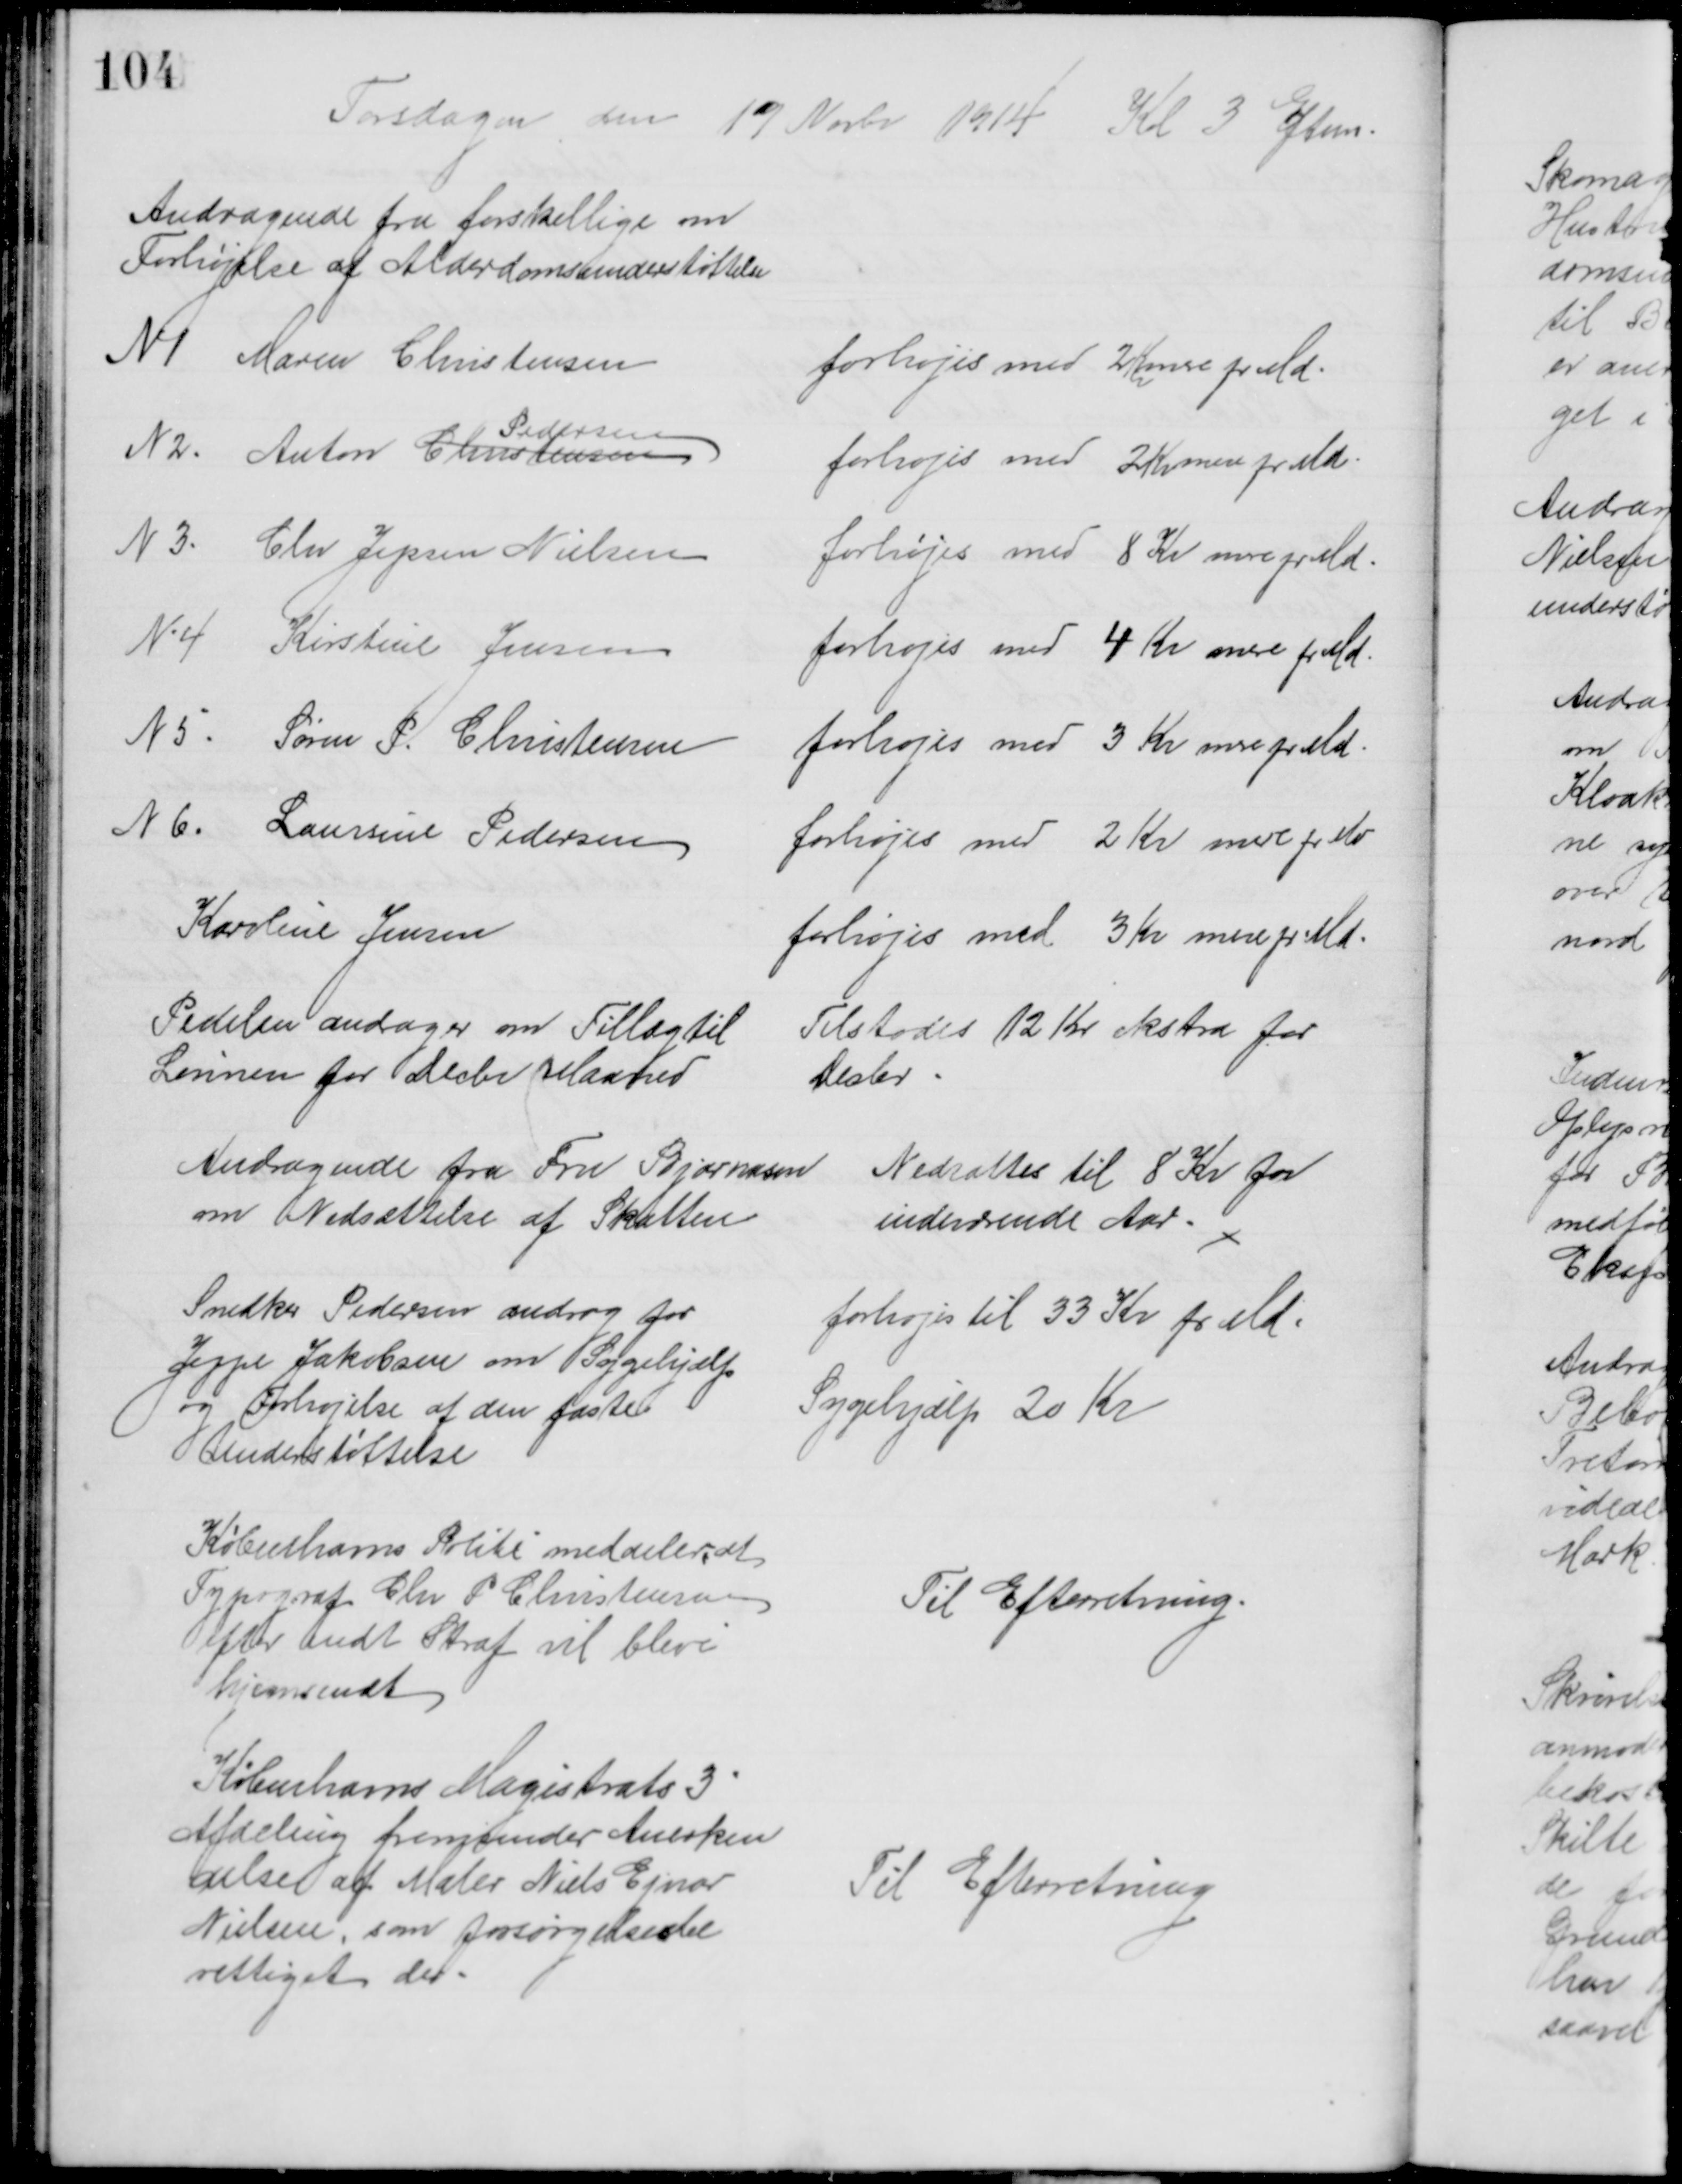
Transskription:
Torsdagen den 19 Novbr 1914 Kl 3 Eftm.
Andragende fra forskellige om
Forhøjelse af Alderdomsunderstøttelse
N 1 Maren Christensen
forhøjes med 2 Kr mere pr Md.
N 2. Anton Christensen
Pedersen
forhøjes med 2 Kr mere pr Md.
N 3. Chr Jepsen Nielsen
forhøjes med 8 Kr mere pr Md.
N 4 Kirstine Jensen
forhøjes med 4 Kr mere pr Md.
N 5. Søren P. Christensen
forhøjes med 3 Kr mere pr Md.
N 6. Laursine Pedersen
forhøjes med 2 Kr mere pr. Md
Karoline Jensen
forhøjes med 3 Kr mere pr. Md.
Pedelen andrager om Tillæg til
Lønnen for Decbr Maaned
Tilstodes 12 Kr ekstra for
Decbr
Andragende fra Fru Bjarnesen
om Nedsættelse af Skatten
Nedsattes til 8 Kr for
indeværende Aar
Snedker Pedersen androg for
Jeppe Jakobsen om Sygehjælp
og Forhøjelse af den faste
Understøttelse
forhøjes til 33 Kr pr Md.
Sygehjælp 20 Kr
Københavns Politi meddeler at
Typograf Chr. P. Christensen
efter endt Straf vil blive
hjemsendt
Til Efterretning.
Københavns Magistrats 3
Afdeling fremsender Anerken
delse af Maler Niels Ejnar
Nielsen, som forsørgelsesbe
rettiget der.
Til Efterretning